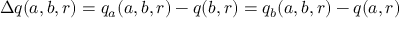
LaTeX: \Delta q ( a , b , r ) = q _ { a } ( a , b , r ) - q ( b , r ) = q _ { b } ( a , b , r ) - q ( a , r )